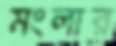
মংলার